system: You are a helpful assistant.
user:
Analyze the provided spectrum to determine if it is a **Carbon Star (C-type)**.

- **Key Visual Indicators of Carbon Star:**
    - **(Primary):** Strong molecular absorption from **C₂ (diatomic carbon) "Swan Bands."** This is the **defining feature** of a carbon star.
        - **(Key Bandheads):** Sharp absorption edges are visible at approximately $5635$ Å, $5165$ Å (the strongest band), and $4737$ Å.
        - **(Line Profile):** Creates a distinct **"saw-tooth"** pattern. The key morphology is a sharp, steep bandhead on the **red (long-wavelength) side**, which then gradually tapers off (i.e., flux recovers) towards the **blue (short-wavelength) side**. *(This is the direct opposite of the TiO bands seen in M-type stars)*.

    - **(Secondary):** Intense **CN (cyanogen)** molecular absorption bands.
        - **(Key Bandheads):** Located in the blue and violet regions of the spectrum (e.g., near $4215$ Å and $3883$ Å).
        - **(Morphology):** These bands are extremely broad and act as a "blanket," absorbing the vast majority of blue and violet light. This creates a characteristic **"cliff"** or **"steep drop-off"** in the spectrum's flux at short wavelengths.

    - **(Key Confirmation):** Strong **CH absorption band (G-band)**.
        - **(Key Bandhead):** Located around $4300$ Å. The contribution from CH molecules to this band is exceptionally strong.

    - **(Overall Spectrum):**
        - The continuum is severely "chopped up" by these deep molecular bands, especially C₂, rather than appearing as a smooth curve.
        - Due to the heavy CN and C₂ absorption in the blue-green, the vast majority of the star's flux is concentrated in the red part of the spectrum, giving the star its characteristic deep red color.

Think first, call **spectral_visualization_tool** if needed to examine features in detail, then provide your final answer. Your response must adhere to the following strict rules:
1.  **Overall Structure:** Your response must follow the format `<think>...</think> <tool_call>...</tool_call> (if a tool is used) <answer>...</answer>`.
2.  **Tool Usage Constraint:** You may only make **one** tool call per turn.
3.  **Final Answer Format:** In the `<answer>` tag, your conclusion must be inside a `\boxed{}` command (e.g., `\boxed{YES}`), followed by your justification.

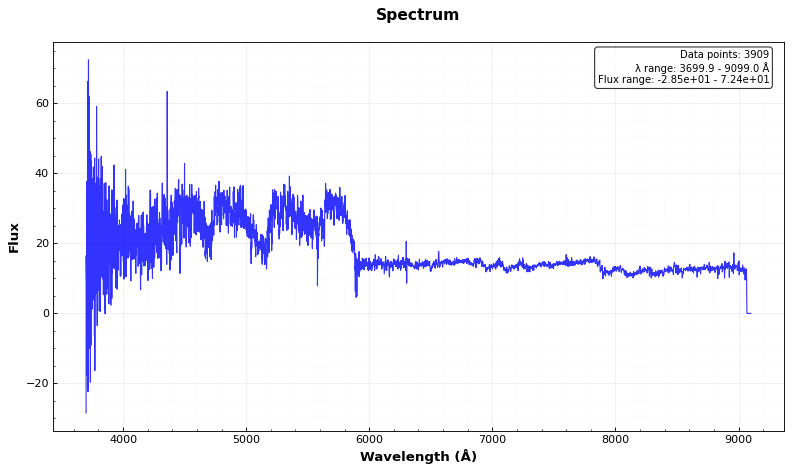
Answer: YES